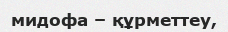
мидофа – құрметтеу,